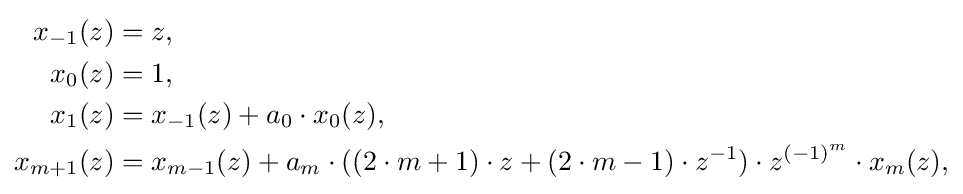
{\begin{aligned}x_{-1}(z)&=z,\\x_{0}(z)&=1,\\x_{1}(z)&=x_{-1}(z)+a_{0}\cdot x_{0}(z),\\x_{m+1}(z)&=x_{m-1}(z)+a_{m}\cdot ((2\cdot m+1)\cdot z+(2\cdot m-1)\cdot z^{-1})\cdot z^{(-1)^{m}}\cdot x_{m}(z),\end{aligned}}